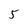
Character: 5